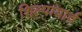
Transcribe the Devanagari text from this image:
शिल्पायार्च